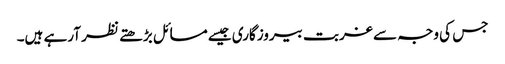
جس کی وجہ سے غربت بیروزگاری جیسے مسائل بڑھتے نظر آرہے ہیں۔